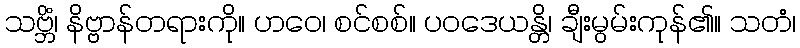
သဗ္ဘိံ၊ နိဗ္ဗာန်တရားကို။ ဟဝေ၊ စင်စစ်။ ပဝဒေယန္တိ၊ ချီးမွမ်းကုန်၏။ သတံ၊